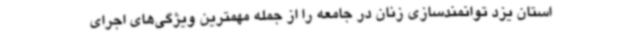
استان یزد توانمندسازی زنان در جامعه را از جمله مهمترین ویژگی‌های اجرای